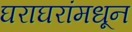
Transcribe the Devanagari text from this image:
घराघरांमधून